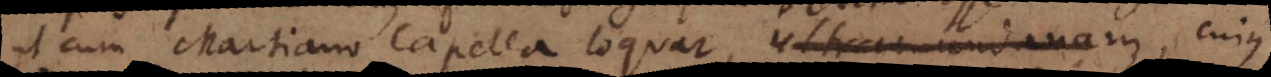
ut cum Martiano Capella loquar, ultramundanam, cujus